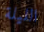
الليلة